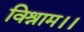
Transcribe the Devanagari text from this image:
विश्राम।।